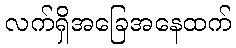
လက်ရှိအခြေအနေထက်